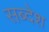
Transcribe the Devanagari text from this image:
सब्देश